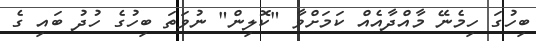
ބިހުގަ ހިމެނޭ މާއްދާއެއް ކަމަށްވާ "ކޮލިން" ނުވަތަ ބިހުގެ ހުދު ބައި ގެ